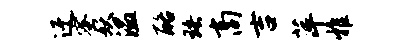
迂蜜妖温酪珞商吉萍雅